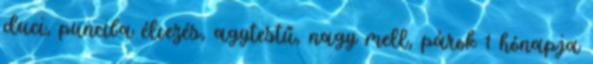
duci, punciba élvezés, agytestű, nagy mell, párok 1 hónapja